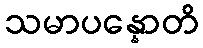
သမာပန္နောတိ